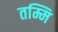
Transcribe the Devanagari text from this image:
तम्मि